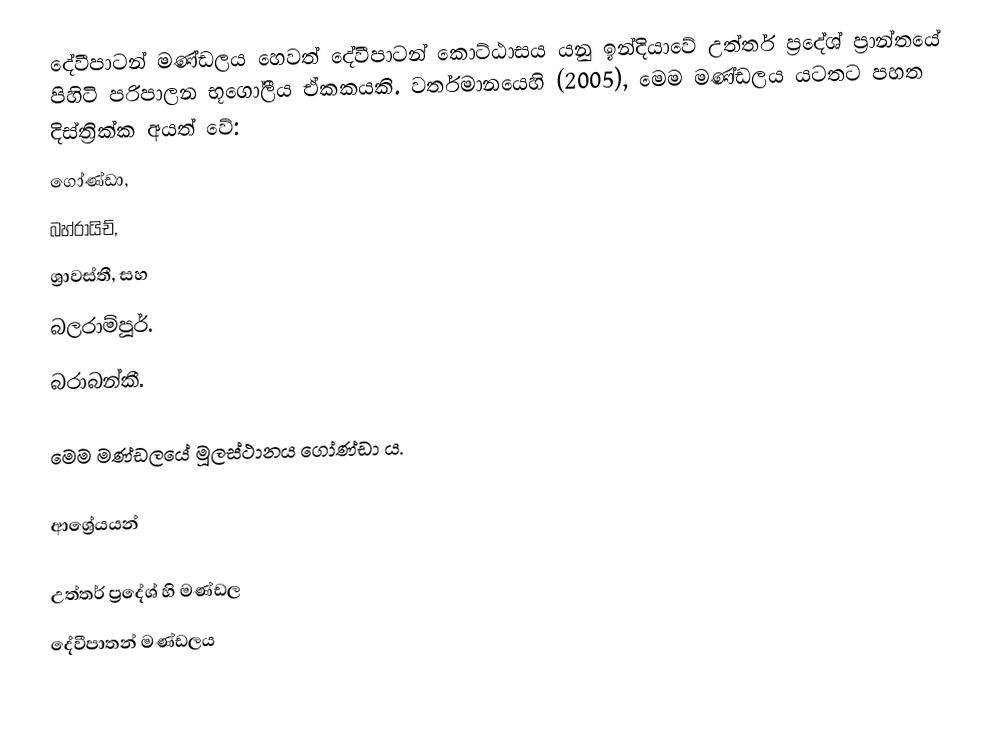
දේවීපාටන් මණ්ඩලය හෙවත් දේවීපාටන් කොට්ඨාසය යනු ඉන්දියාවේ උත්තර් ප්‍රදේශ් ප්‍රාන්තයේ පිහිටි පරිපාලන භූගෝලීය ඒකකයකි. වර්තමානයෙහි (2005), මෙම මණ්ඩලය ‍යටතට පහත දිස්ත්‍රික්ක අයත් වේ:
 ගෝණ්ඩා,
 බහ්රායිච්,
 ශ්‍රාවස්තී, සහ
 බලරාම්පූර්.
 බරාබන්කී.

මෙම මණ්ඩලයේ මූලස්ථානය ගෝණ්ඩා ය.

ආශ්‍රේයයන්

උත්තර් ප්‍රදේශ් හි මණ්ඩල
දේවීපාතන් මණ්ඩලය